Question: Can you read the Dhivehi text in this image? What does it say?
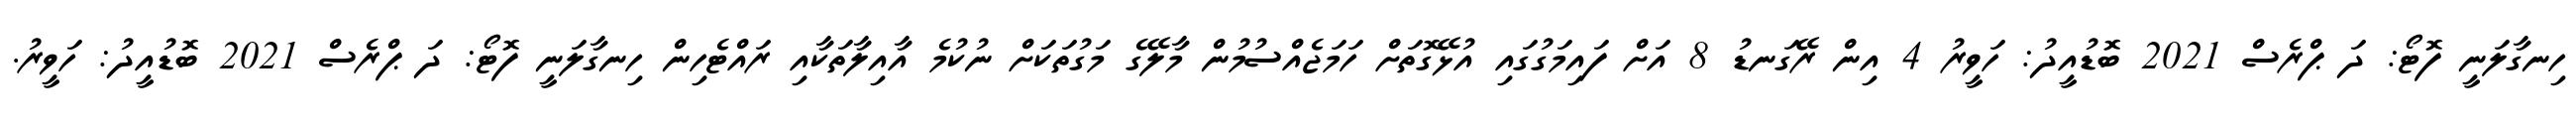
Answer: ހިނގާލަނީ ފޮޓޯ: ދަ ޕްރެސް 2021 ބޮޑުއީދު: ހަވީރު 4 އިން ރޭގަނޑު 8 އަށް ފައިމަގުގައި އުޅޭގޮތަށް ހަމަޖެއްސުމުން މާލޭގެ މަގުތަކަށް ނުކުމެ އާއިލާތަކާއި ރައްޓެހިން ހިނގާލަނީ ފޮޓޯ: ދަ ޕްރެސް 2021 ބޮޑުއީދު: ހަވީރު.